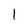
Character: l